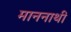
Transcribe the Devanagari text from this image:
माननाथी